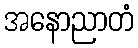
အနောညာတံ